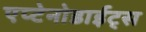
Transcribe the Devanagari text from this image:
एप्टेनोडाईट्स